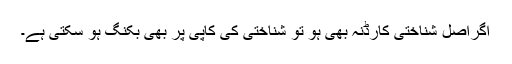
اگراصل شناختی کارڈنہ بھی ہو تو شناختی کی کاپی پر بھی بکنگ ہو سکتی ہے۔